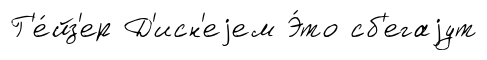
Г'е́йз'ер Д'исн'еjем Э́то сб'егаjут